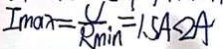
I _ { \max } = \frac { U } { R _ { \min } } = 1 . 5 A < 2 A